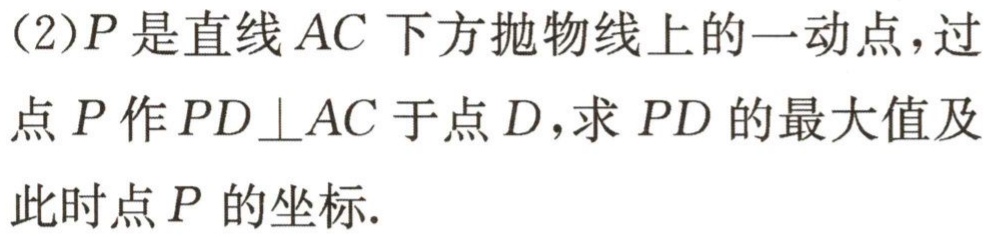
(2)\(P\)是直线\(AC\)下方抛物线上的一动点，过点\(P\)作\(PD\perp AC\)于点\(D\)，求\(PD\)的最大值及此时点\(P\)的坐标.